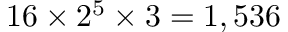
1 6 \times 2 ^ { 5 } \times 3 = 1 , 5 3 6